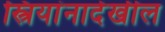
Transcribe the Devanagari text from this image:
स्त्रियांनादेखील